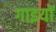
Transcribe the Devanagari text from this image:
गाइयों